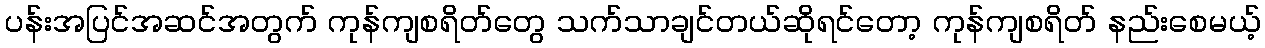
ပန်းအပြင်အဆင်အတွက် ကုန်ကျစရိတ်တွေ သက်သာချင်တယ်ဆိုရင်တော့ ကုန်ကျစရိတ် နည်းစေမယ့်